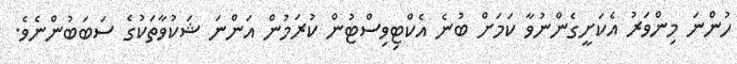
ހުންނަ މިންވަރު އެކަށީގެންނުވާ ކަމަށް ބުނެ އެކްޓިވިސްޓުން ކުރަމުން އަންނަ ޝަކުވާތަކުގެ ސަބަބުންނެވެ.